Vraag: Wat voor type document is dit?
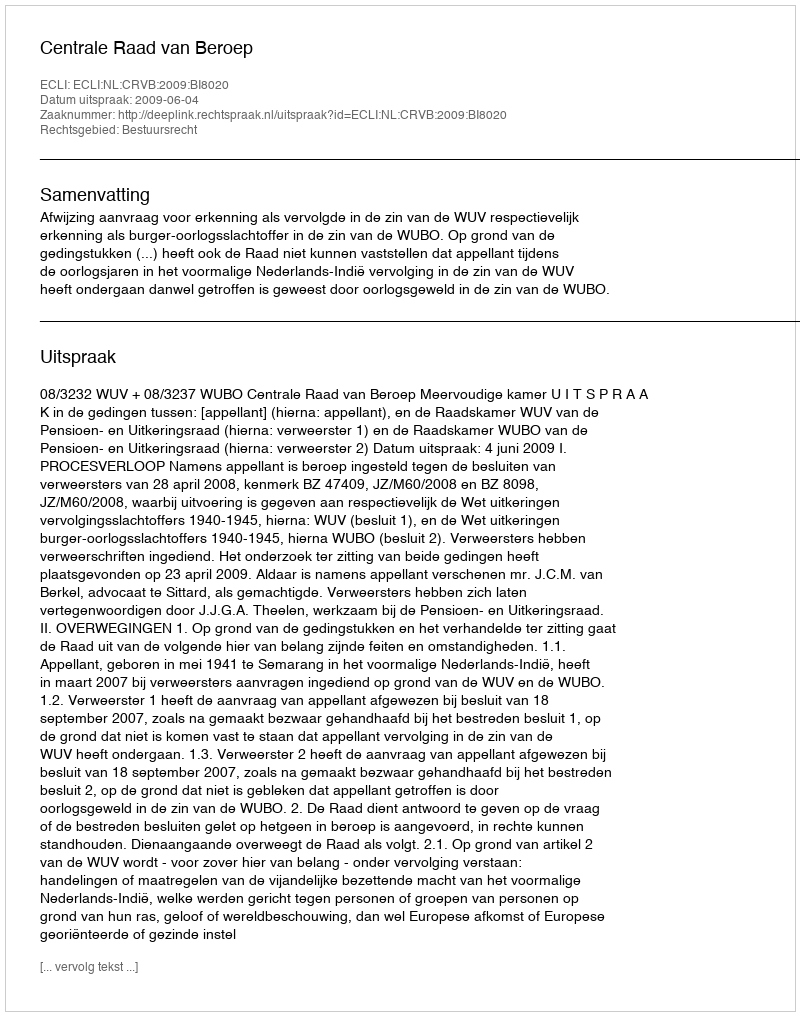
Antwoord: Uitspraak